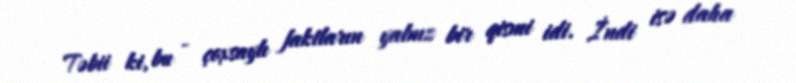
Təbii ki, bu - çoxsaylı faktların yalnız bir qismi idi. İndi isə daha